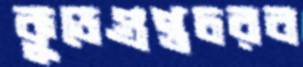
কুডেগুপ্তচরব